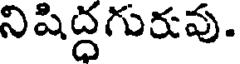
నిషిద్దగురువు.